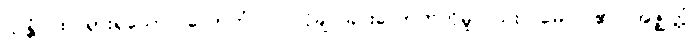
သန္တံ၊ ထင်ရှားရှိသော။ လောဘံ ဝါ၊ လိုချင်ခြင်းလောဘကိုမူလည်း။ မေ၊ ငါ၏။ အဇ္ဈတ္တံ၊